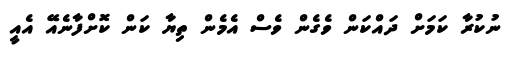
ނުކުރާ ކަމަށް ދައްކަން ވެގެން ވެސް އެމެން ތިޔާ ކަން ކޮށްފާނެއޭ އެއީ